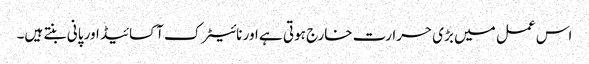
اس عمل میں بڑی حرارت خارج ہوتی ہے اور نائیٹرک آکسائیڈ اور پانی بنتے ہیں۔